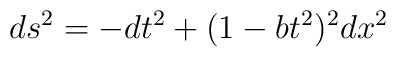
ds^2 = - dt^2 + (1-b t^2)^2 dx^2